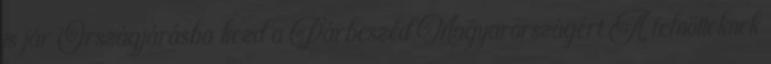
is jár Országjárásba kezd a Párbeszéd Magyarországért A felnőtteknek